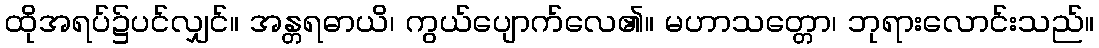
ထိုအရပ်၌ပင်လျှင်။ အန္တရဓာယိ၊ ကွယ်ပျောက်လေ၏။ မဟာသတ္တော၊ ဘုရားလောင်းသည်။